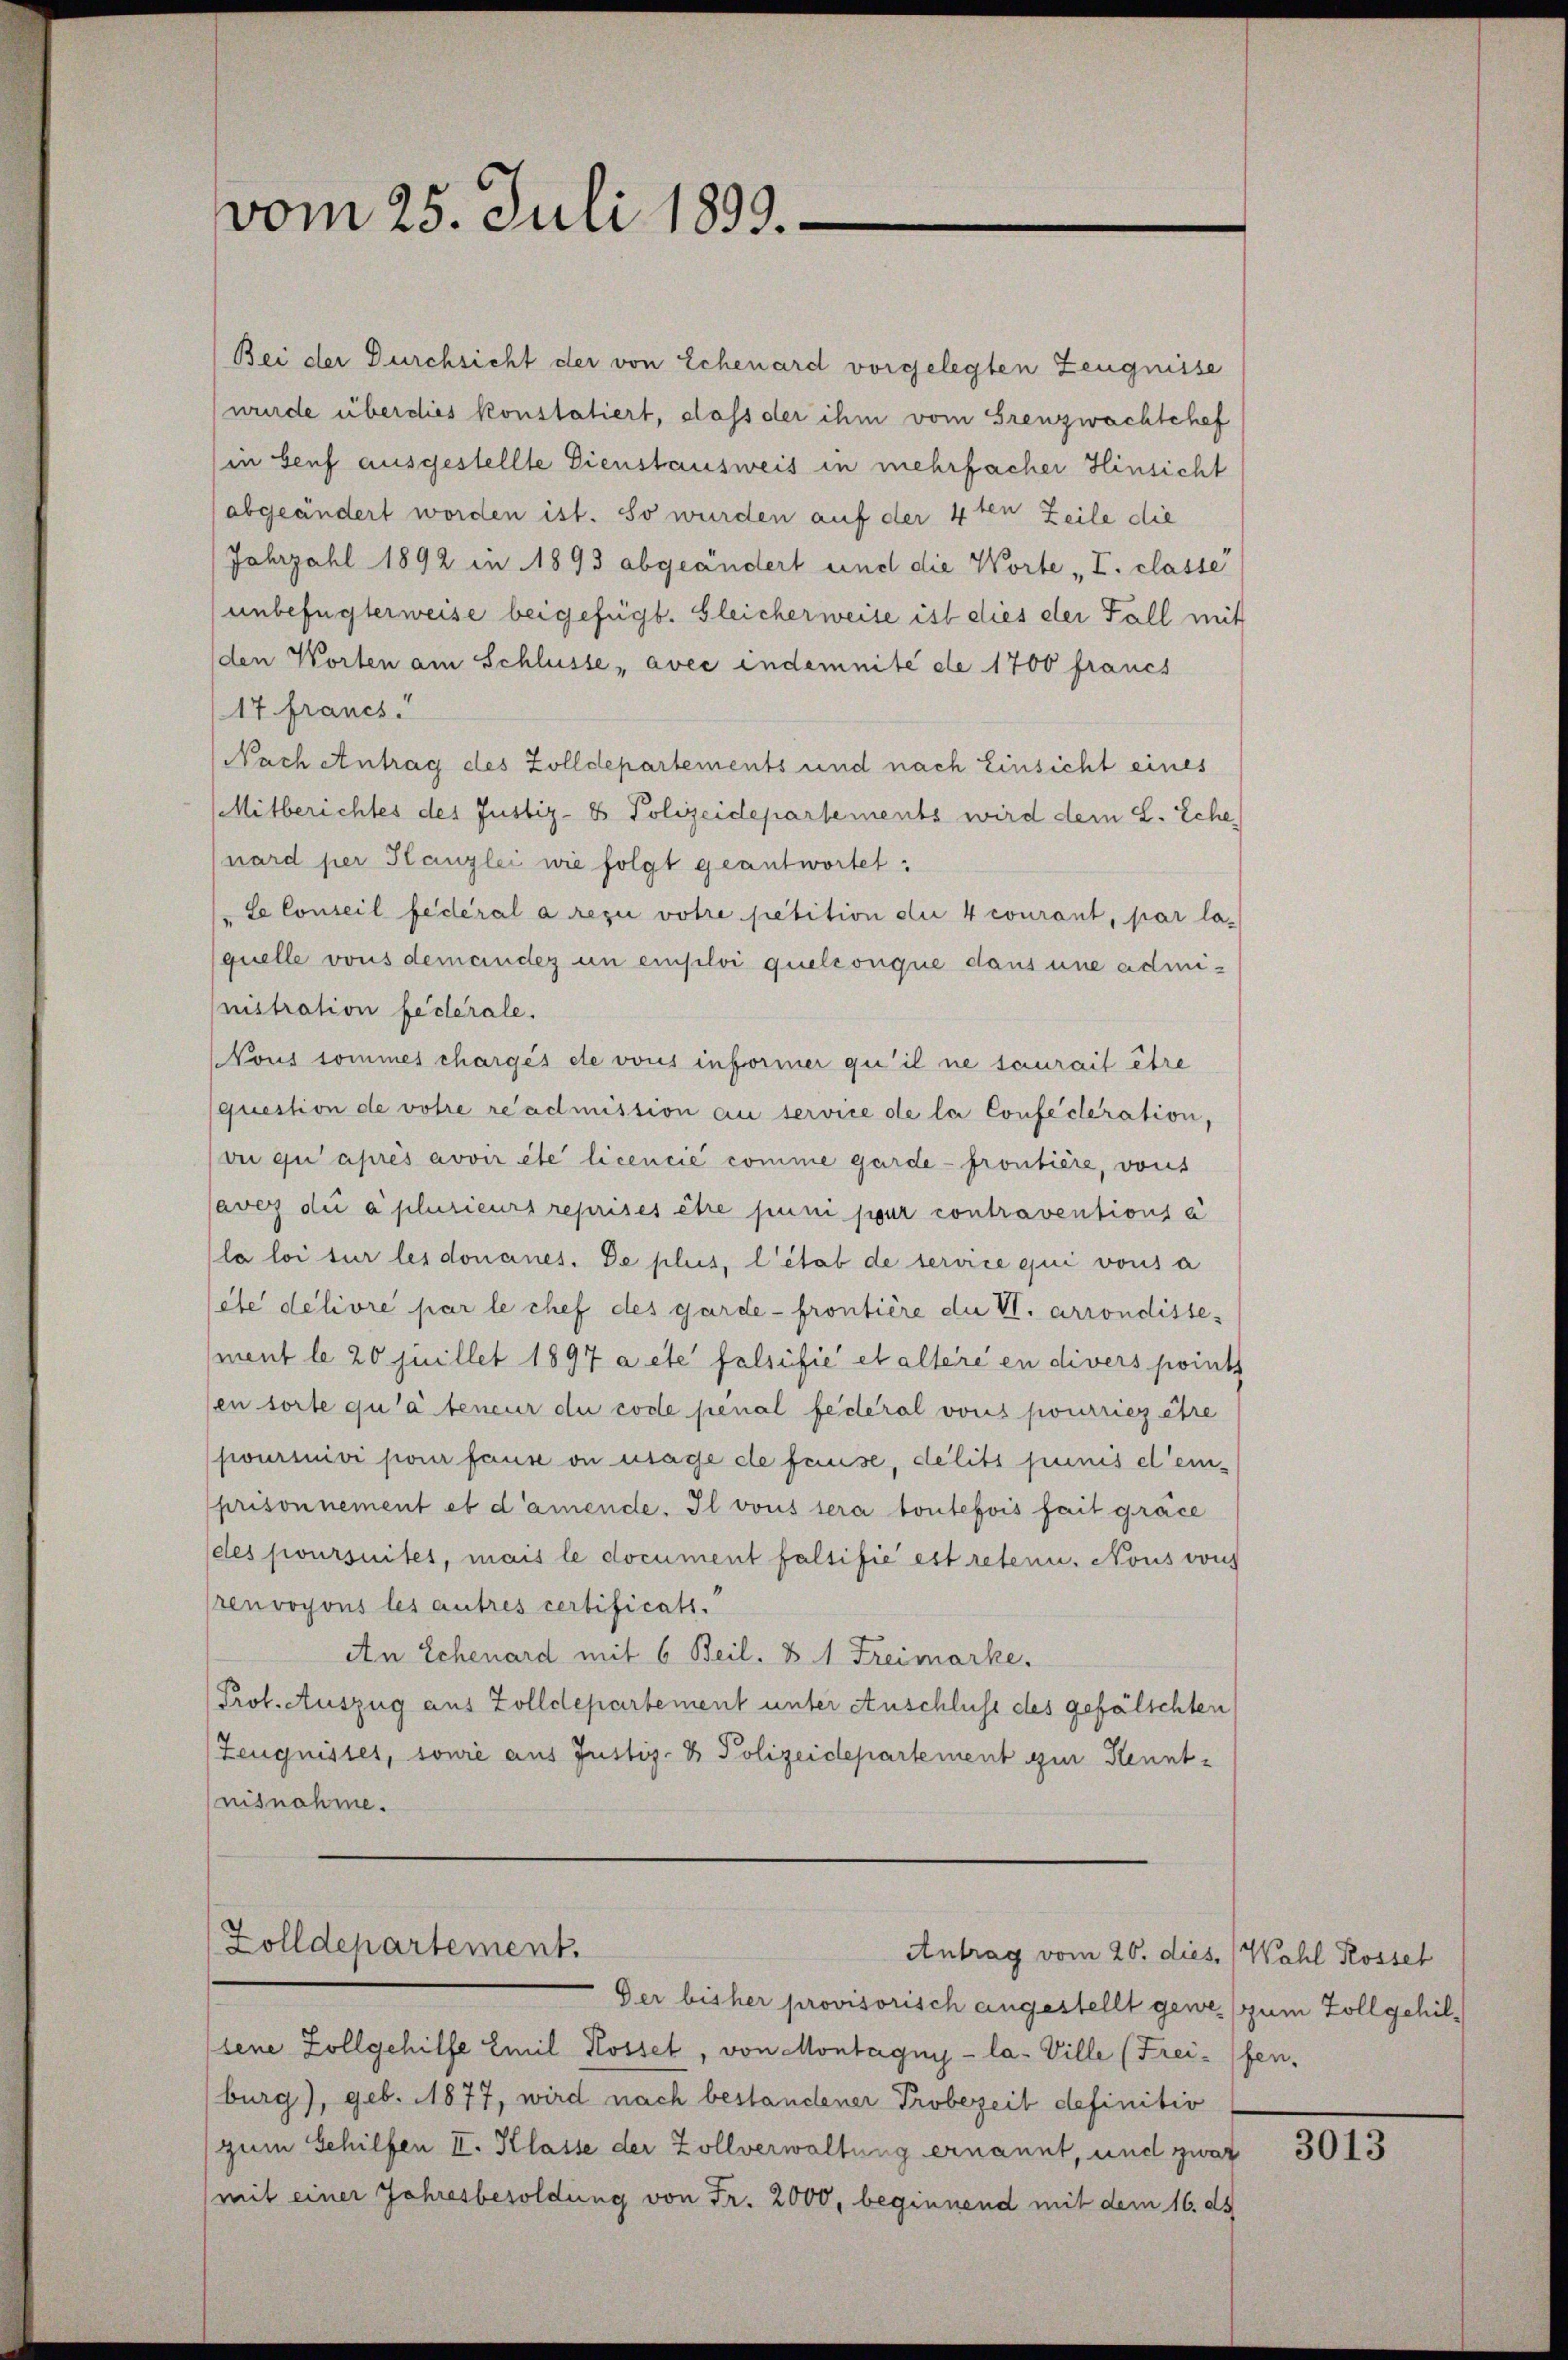
vom 25. Juli 1899.

Bei der Durchsicht der von Echenard vorgelegten Zeugnisse
wurde überdies konstatiert, dass der ihm vom Grenzwachtchef
in Genf ausgestellte Dienstausweis in mehrfacher Hinsicht
abgeändert worden ist. So wurden auf der 4ten Zeile die
Jahrzahl 1892 in 1893 abgeändert und die Worte „I. classe
unbefügterweise beigefügt. Gleicherweise ist dies der Fall mit
(den Worten am Schlüsse avec indemnité de 1700 francs
17. Francs.
Nach Antrag des Zolldepartements und nach Einsicht eines
Mitberichtes des Justiz- & Polizeidepartements wird dem L. Sche
nard per Hanzlei wie folgt geantwortet:
le Conseil fédéral a rezi votre petition die 4 courant, par la-
quelle vous demander un einsloi quelconque dans une administration fecterale.
Nous sommes chargés de vous informer qu’il ne saurait être
question de votre readmission an service de la Confeclaration,
vu qui après avoir été licencié comme garde - fronbière, vons
saver die a plurieurs reprises être puni jour contraventions à
la loi sur les donanes. De plus, l’étab de service qui vous a
ete délivre par le chef des Garde - frontière die VI. arrondisse-
ment le 20 juillet 1897 a été falsifie et altere en divers points
en torte qu’à teneur du code penal federal vous pourriez être
fourinivi pour fause an mage de fause, delitt punis demprisonnement et d’amende. Il vous sera toutefois fait gräce
des poursuites, mais le document falsifie est retern. Nous vons
renvoyons les autres certificats.
An Schenard mit 6 Beil. V 1 Freimarke
Prof. Auszug aus Zolldepartement unter Anschluss des gefälschten
Zeugnisses, sowie aus Justiz- & Polizeidepartement zur Kenntnisnahme.

Zolldepartement.
Antrag vom 26. dies Wahl Rossel

Der bisher provisorisch angestellt geweszum Zollgehilsene Zollgehilfe Emil Rossel, von Montagny - la- Ville (Frei-fen,
burg), geb. 1877, wird nach bestandener Probezeit definitiv
zum Gehilfen II. Klasse der Zollverwaltung ernannt, und zwar
mit einer Jahresbesoldung von Fr. 2000, beginnend mit dem 16. ds

3013